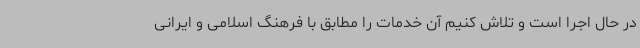
در حال اجرا است و تلاش کنیم آن خدمات را مطابق با فرهنگ اسلامی و ایرانی